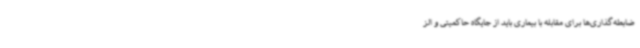
ضابطه‌گذاری‌ها برای مقابله با بیماری باید از جایگاه حاکمیتی و الز